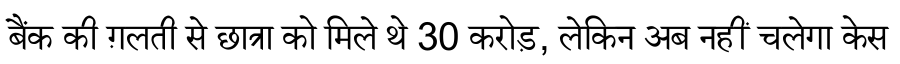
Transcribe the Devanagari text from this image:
बैंक की ग़लती से छात्रा को मिले थे 30 करोड़, लेकिन अब नहीं चलेगा केस